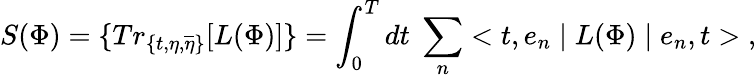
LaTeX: S(\Phi)=\{ Tr_{\{ t,\eta,\overline{{{\eta}}}\} }[L(\Phi)]\} =\int_{0}^{T}dt\; \sum_{n}<t,e_{n}\mid L(\Phi)\mid e_{n},t>\; ,